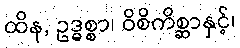
ထိန, ဥဒ္ဓစ္စာ၊ ဝိစိကိစ္ဆာနှင့်၊